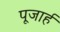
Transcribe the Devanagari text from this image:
पूजार्ह